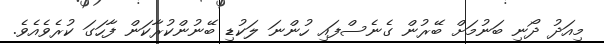
މިއަދު ދޯނި ބަނުމަށް ބޭރުން ގެނެސްފައި ހުންނަ ލަކުޑި ބޭނުންކުރާކަން ފާހަގަ ކުރެވެއެވެ.